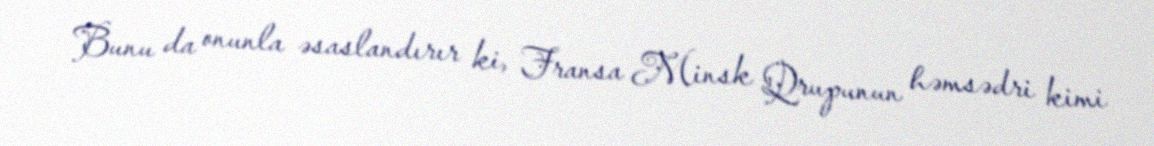
Bunu da onunla əsaslandırır ki, Fransa Minsk Qrupunun həmsədri kimi